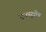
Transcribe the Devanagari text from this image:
एकसूत्रीय